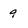
Character: 9